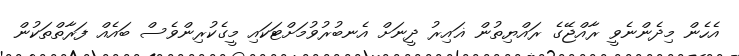
އެހެން މިދެންނެވީ ރާއްޖޭގެ ރައްޔިތުން ޣައިރު ދީނަށް އެނބުރުވުމަށްޓަކައި މީގެކުރިންވެސް ބައެއް ފަރާތްތަކުން